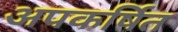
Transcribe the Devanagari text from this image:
अपकर्षित